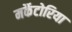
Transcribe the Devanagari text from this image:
मर्कैटोरिया